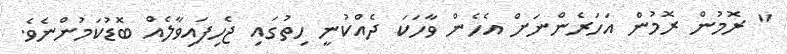
" ރޮމުން ރޮމުން އަހަރެންނަށް އެހެން ވާހަކަ ދެއްކުނީ ހިތުގައި ޖެހިފައިވާލެއް ބޮޑުކަމުންނެވެ.